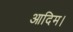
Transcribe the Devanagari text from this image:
आदिम।